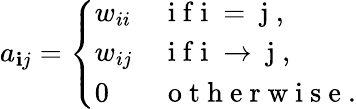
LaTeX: a_{\mathbf{i}j}=\left\{ \begin{array}{ll}{w_{ii}}&{\mathrm{~i~f~i~=~j~},}\\ {w_{ij}}&{\mathrm{~i~f~i~\rightarrow~j~},}\\ {0}&{\mathrm{~o~t~h~e~r~w~i~s~e~}.}\end{array}\right.